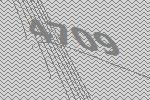
4709